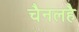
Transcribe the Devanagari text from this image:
चैनलहै